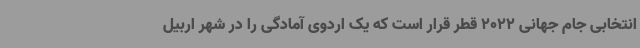
انتخابی جام جهانی 2022 قطر قرار است که یک اردوی آمادگی را در شهر اربیل